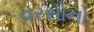
વરસોનો